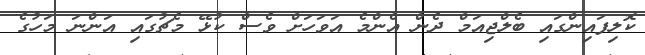
ކޮލިފައިންގައި ބެލްޖިއަމް ދެން އެންމެ އަވަހަށް ވެސް ކުޅޭ މެޗުގައި އަންނަ މަހުގެ